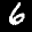
Label: 6